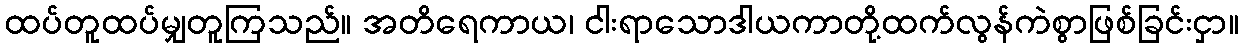
ထပ်တူထပ်မျှတူကြသည်။ အတိရေကာယ၊ ငါးရာသောဒါယကာတို့ထက်လွန်ကဲစွာဖြစ်ခြင်းငှာ။